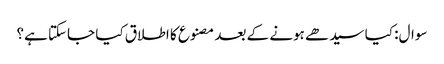
سوال: کیا سیدھے ہونے کے بعد مصنوع کا اطلاق کیا جاسکتا ہے؟